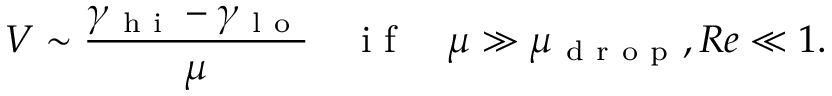
V \sim \frac { \gamma _ { \mathrm { ~ h ~ i ~ } } - \gamma _ { \mathrm { ~ l ~ o ~ } } } { \mu } \quad \mathrm { ~ i ~ f ~ } \quad \mu \gg \mu _ { \mathrm { ~ d ~ r ~ o ~ p ~ } } , R e \ll 1 .